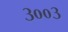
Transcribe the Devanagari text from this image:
३००३